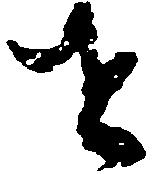
せ